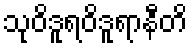
သုဝိဒူရဝိဒူရာနီတိ